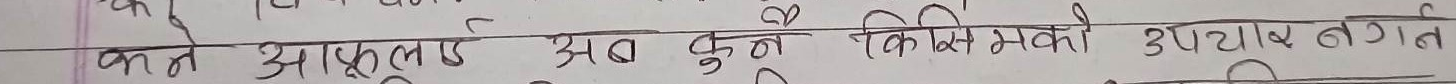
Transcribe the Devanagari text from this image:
करते आफुलाई दुःख किसिमको उपचार लगत